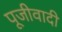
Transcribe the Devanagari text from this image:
पूजीवादी